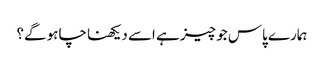
ہمارے پاس جو چیز ہے اسے دیکھنا چاہو گے؟